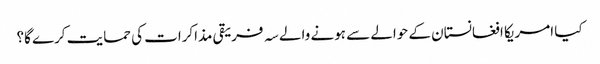
کیا امریکا افغانستان کے حوالے سے ہونے والے سہ فریقی مذاکرات کی حمایت کرے گا؟